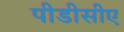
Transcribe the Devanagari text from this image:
पीडीसीए